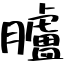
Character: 臚